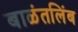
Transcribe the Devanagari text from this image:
बाळंतलिंब